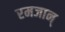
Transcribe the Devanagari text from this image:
रमजान्